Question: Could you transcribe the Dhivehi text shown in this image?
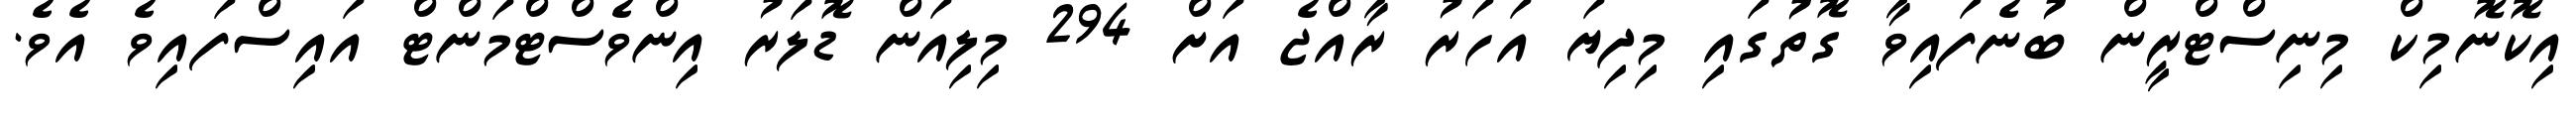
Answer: އިކޮނޮމިކް މިނިސްޓްރީން ބުނެފައިވާ ގޮތުގައި މިދިޔަ އަހަރު ރާއްޖެ އަށް 294 މިލިއަން ޑޮލަރު އިންވެސްޓްމަންޓް އައިސްފައިވެ އެވެ.